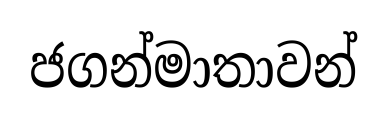
ජගන්මාතාවන්